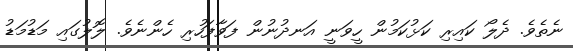
ނެތެވެ. ދެލޯ ކައިރި ކަޅުކަމުން ހީވަނީ އަނދުނުން ފަވާފަހުރި ހެންނެވެ. ލޮލުގައި މަޑުމަޑު